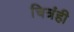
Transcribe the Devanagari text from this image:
चित्रंही